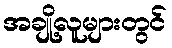
အချို့လူများတွင်